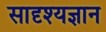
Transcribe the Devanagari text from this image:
सादृश्यज्ञान